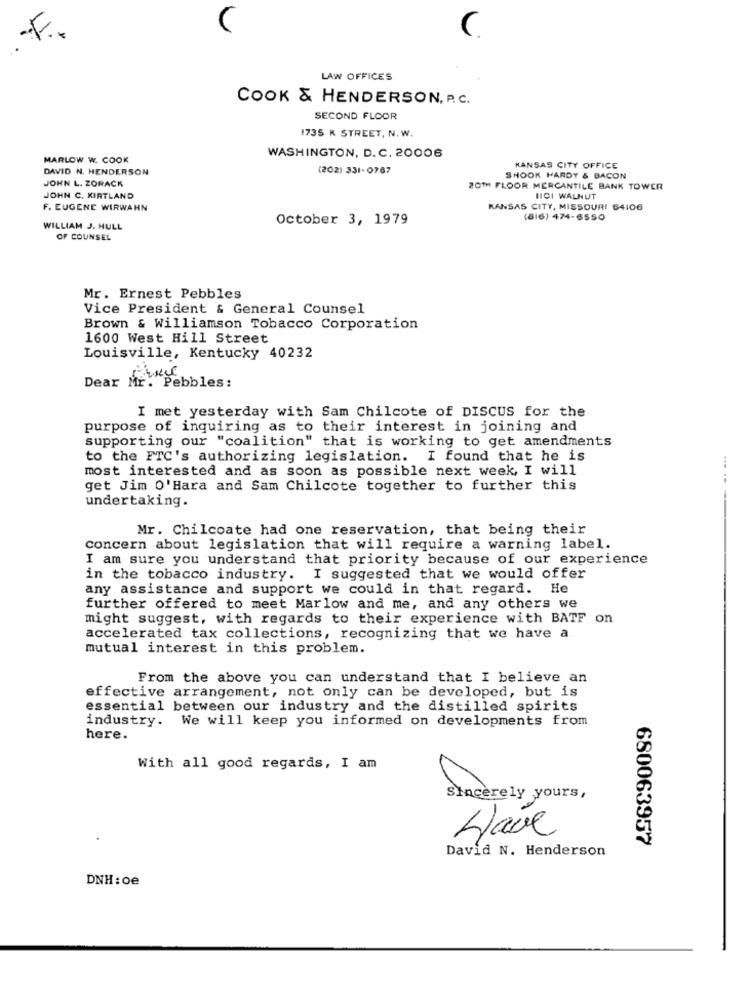
C
LAW OFFICES
COOK & HENDERSON, P.C.
SECOND FLOOR
1735 K STREET, N. W.
MARLOW W. COOK
WASHINGTON, D.C. 20006
DAVID N. HENDERSON
(202) 331-0767
KANSAS CITY OFFICE
JOHN L. ZORACK
SHOOK HARDY & BACON
20TH FLOOR MERCANTILE BANK TOWER
JOHN C. KIRTLAND
HI01 WALNUT
F. EUGENE WIRWAHN
KANSAS CITY, MISSOURI 64106
October 3, 1979
(816) 474-6550
WILLIAM J. HULL
OF COUNSEL
Mr. Ernest Pebbles
Vice President & General Counsel
Brown & Williamson Tobacco Corporation
1600 West Hill Street
Louisville, Kentucky 40232
Dear Mr. Pebbles:
I met yesterday with Sam Chilcote of DISCUS for the
purpose of inquiring as to their interest in joining and
supporting our "coalition" that is working to get amendments
to the FTC's authorizing legislation. I found that he is
most interested and as soon as possible next week, I will
get Jim O'Hara and Sam Chilcote together to further this
undertaking.
------
Mr. Chilcoate had one reservation, that being their
concern about legislation that will require a warning label.
I am sure you understand that priority because of our experience
in the tobacco industry. I suggested that we would offer
any assistance and support we could in that regard. He
further offered to meet Marlow and me, and any others we
might suggest, with regards to their experience with BATF on
accelerated tax collections, recognizing that we have a
mutual interest in this problem.
From the above you can understand that I believe an
effective arrangement, not only can be developed, but is
essential between our industry and the distilled spirits
industry. We will keep you informed on developments from
here.
With all good regards, I am
Sincerely yours,
Have
680063957
David N. Henderson
DNH : oe